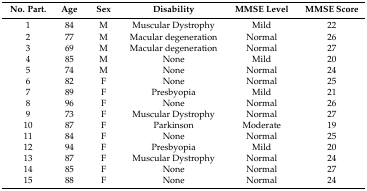
<table><thead><tr><td><b>No. Part.</b></td><td><b>Age</b></td><td><b>Sex</b></td><td><b>Disability</b></td><td><b>MMSE Level</b></td><td><b>MMSE Score</b></td></tr></thead><tbody><tr><td>1</td><td>84</td><td>M</td><td>Muscular Dystrophy</td><td>Mild</td><td>22</td></tr><tr><td>2</td><td>77</td><td>M</td><td>Macular degeneration</td><td>Normal</td><td>26</td></tr><tr><td>3</td><td>69</td><td>M</td><td>Macular degeneration</td><td>Normal</td><td>27</td></tr><tr><td>4</td><td>85</td><td>M</td><td>None</td><td>Mild</td><td>20</td></tr><tr><td>5</td><td>74</td><td>M</td><td>None</td><td>Normal</td><td>24</td></tr><tr><td>6</td><td>82</td><td>F</td><td>None</td><td>Normal</td><td>25</td></tr><tr><td>7</td><td>89</td><td>F</td><td>Presbyopia</td><td>Mild</td><td>21</td></tr><tr><td>8</td><td>96</td><td>F</td><td>None</td><td>Normal</td><td>26</td></tr><tr><td>9</td><td>73</td><td>F</td><td>Muscular Dystrophy</td><td>Normal</td><td>27</td></tr><tr><td>10</td><td>87</td><td>F</td><td>Parkinson</td><td>Moderate</td><td>19</td></tr><tr><td>11</td><td>84</td><td>F</td><td>None</td><td>Normal</td><td>25</td></tr><tr><td>12</td><td>94</td><td>F</td><td>Presbyopia</td><td>Mild</td><td>20</td></tr><tr><td>13</td><td>87</td><td>F</td><td>Muscular Dystrophy</td><td>Normal</td><td>24</td></tr><tr><td>14</td><td>85</td><td>F</td><td>None</td><td>Normal</td><td>27</td></tr><tr><td>15</td><td>88</td><td>F</td><td>None</td><td>Normal</td><td>24</td></tr></tbody></table>